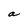
Character: a